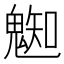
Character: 𩳦